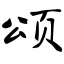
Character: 颂